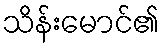
သိန်းမောင်၏